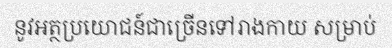
នូវអត្ថប្រយោជន៍ជាច្រើនទៅរាងកាយ សម្រាប់